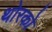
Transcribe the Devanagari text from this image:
थोरको